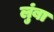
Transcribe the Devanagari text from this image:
लुंबा